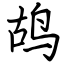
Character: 鸪